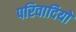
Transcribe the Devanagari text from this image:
परिवादियों